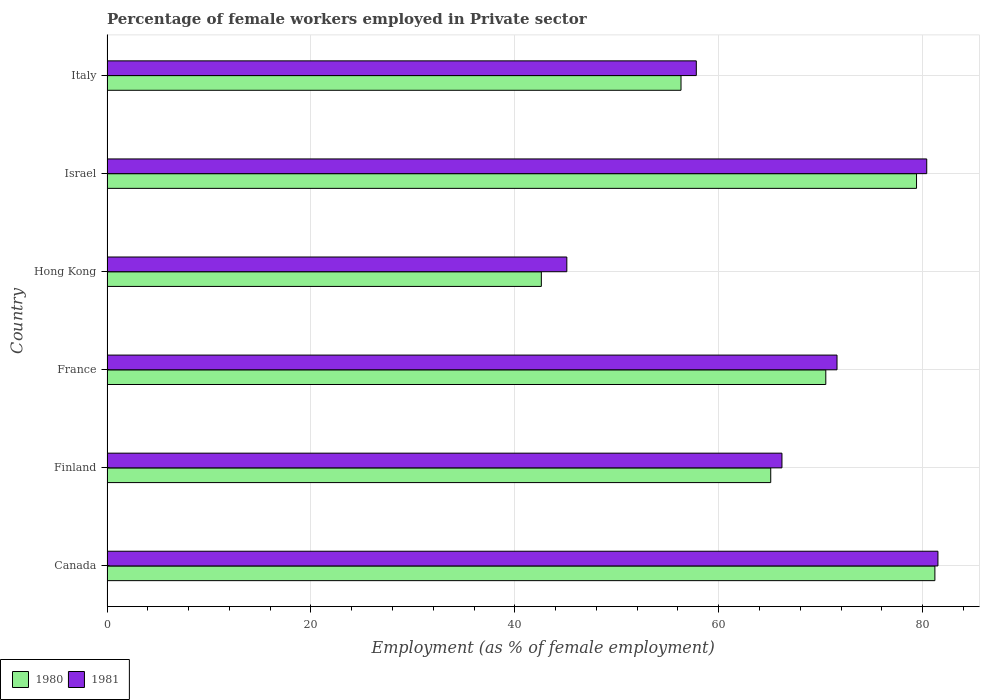
| Country | 1980 | 1981 |
 | --- | --- | --- |
 | Canada | 81.2 | 81.5 |
 | Finland | 65.1 | 66.2 |
 | France | 70.5 | 71.6 |
 | Hong Kong | 42.6 | 45.1 |
 | Israel | 79.4 | 80.4 |
 | Italy | 56.3 | 57.8 |